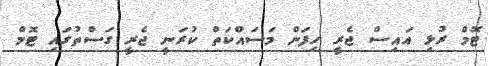
ޓޮމް ރުޅި އައިސް ޖެރީ ހިފަން މަސައްކަތް ކުރަނީ ޖެރީ ގަސްތުގައި ޓޮމް